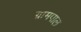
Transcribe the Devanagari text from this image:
ग्रामपाल